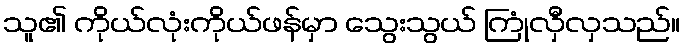
သူ၏ ကိုယ်လုံးကိုယ်ဖန်မှာ သွေးသွယ် ကြုံလှီလှသည်။